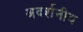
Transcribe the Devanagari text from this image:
अदर्शनीय